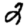
Digit: 2